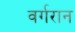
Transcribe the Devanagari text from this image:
वर्गरान